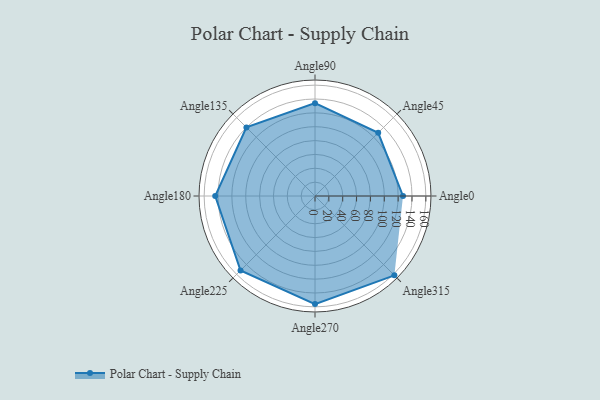
{"axis": {"x": "Angle", "y": "Radius"}, "legend": [""], "data": [{"x": "Angle0", "y": 127.0, "type": ""}, {"x": "Angle45", "y": 129.0, "type": ""}, {"x": "Angle90", "y": 134.0, "type": ""}, {"x": "Angle135", "y": 140.0, "type": ""}, {"x": "Angle180", "y": 144.0, "type": ""}, {"x": "Angle225", "y": 152.0, "type": ""}, {"x": "Angle270", "y": 156.0, "type": ""}, {"x": "Angle315", "y": 162.0, "type": ""}]}